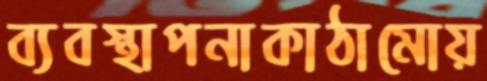
ব্যবস্থাপনাকাঠামোয়